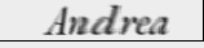
Andrea